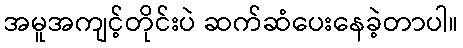
အမူအကျင့်တိုင်းပဲ ဆက်ဆံပေးနေခဲ့တာပါ။